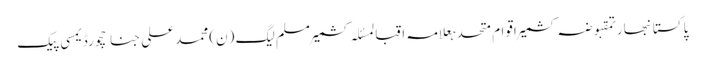
پاکستانبھارتمقبوضہ کشمیراقوام متحدہعلامہ اقبالمسئلہ کشمیرمسلم لیگ (ن)محمد علی جناحچورڈیمسی پیک